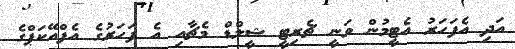
އަދި އެފަހަރު އެޓީމުން ވަނީ ޗެރިޓީ ޝީލްޑް މެޗާއި އެ ފަހަރުގެ އެފްއޭކަޕްގެ